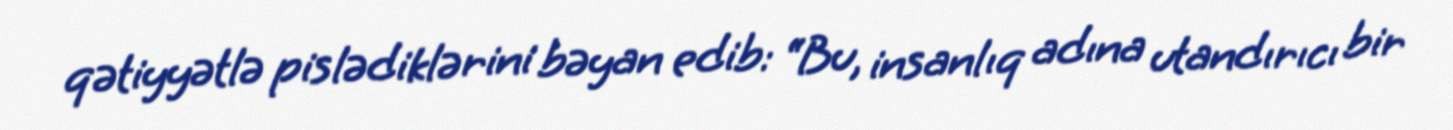
qətiyyətlə pislədiklərini bəyan edib: “Bu, insanlıq adına utandırıcı bir